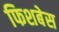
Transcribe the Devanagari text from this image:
फिशबेस